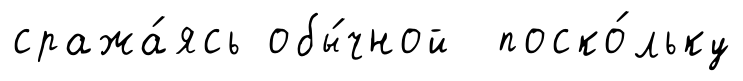
сража́ясь обы́чной поско́льку